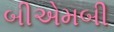
બીએમબી